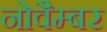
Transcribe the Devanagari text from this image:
नोवैम्बर